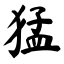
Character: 猛